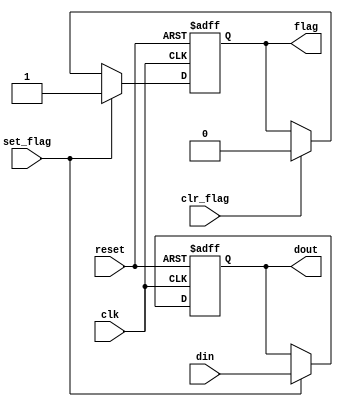
//---------------------------------------------------------------------------
// SharkBoad ExampleModule
// Josnelihurt Rodriguez - Fredy Segura Q.
// josnelihurt@gmail.com
// Top Level Design for the Xilinx Spartan 3-100E Device
//---------------------------------------------------------------------------

/*#
# SharkBoad
# Copyright (C) 2012 Bogot, Colombia
#
# This program is free software: you can redistribute it and/or modify
# it under the terms of the GNU General Public License as published by
# the Free Software Foundation, version 3 of the License.
#
# This program is distributed in the hope that it will be useful,
# but WITHOUT ANY WARRANTY; without even the implied warranty of
# MERCHANTABILITY or FITNESS FOR A PARTICULAR PURPOSE.  See the
# GNU General Public License for more details.
#
# You should have received a copy of the GNU General Public License
# along with this program.  If not, see <http://www.gnu.org/licenses/>.
#*/

/*
  _________.__                  __   __________                       .___
 /   _____/|  |__ _____ _______|  | _\______   \ _________ _______  __| _/
 \_____  \ |  |  \\__  \\_  __ \  |/ /|    |  _//  _ \__  \\_  __ \/ __ | 
 /        \|   Y  \/ __ \|  | \/    < |    |   (  <_> ) __ \|  | \/ /_/ | 
/_______  /|___|  (____  /__|  |__|_ \|______  /\____(____  /__|  \____ | 
        \/      \/     \/           \/       \/           \/           \/ 

*/
// Based on Pong P. Chu - FPGA Prototyping by Verilog Examples
//Listing 8.2
module flag_buf
   #(parameter W = 8) // # buffer bits
   (
    input wire clk, reset,
    input wire clr_flag, set_flag,
    input wire [W-1:0] din,
    output wire flag,
    output wire [W-1:0] dout
   );

   // signal declaration
   reg [W-1:0] buf_reg, buf_next;
   reg flag_reg, flag_next;


   // body
   // FF & register
   always @(posedge clk, posedge reset)
      if (reset)
         begin
            buf_reg <= 0;
            flag_reg <= 1'b0;
         end
      else
         begin
            buf_reg <= buf_next;
            flag_reg <= flag_next;
         end

   // next-state logic
   always @*
   begin
      buf_next = buf_reg;
      flag_next = flag_reg;
      if (set_flag)
         begin
            buf_next = din;
            flag_next = 1'b1;
         end
      else if (clr_flag)
         flag_next = 1'b0;
   end
   // output logic
   assign dout = buf_reg;
   assign flag = flag_reg;

endmodule